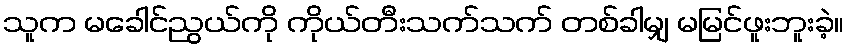
သူက မခေါင်ညွယ်ကို ကိုယ်တီးသက်သက် တစ်ခါမျှ မမြင်ဖူးဘူးခဲ့။